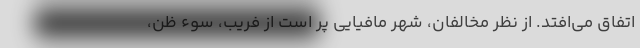
اتفاق می‌افتد. از نظر مخالفان، شهر مافیایی پر است از فریب، سوء ظن،